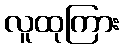
လူထုကြား